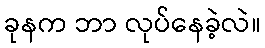
ခုနက ဘာ လုပ်နေခဲ့လဲ။